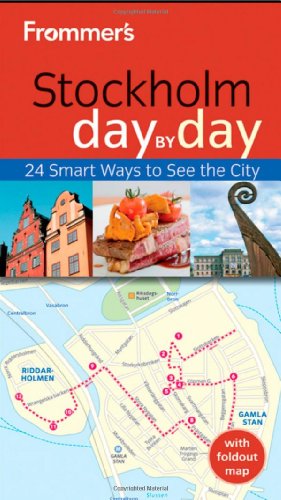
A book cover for Frommer's Stockholm Day By Day (Frommer's Day by Day - Pocket); Mary Anne Evans; Travel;